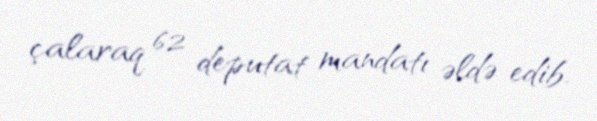
çalaraq 62 deputat mandatı əldə edib.